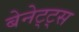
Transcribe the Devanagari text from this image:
बेनेट्ट्स